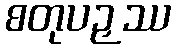
စတုပဉှဿ